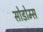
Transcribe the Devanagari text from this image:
सोडोम्स